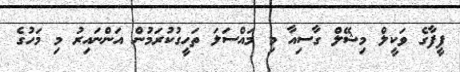
ފީފާގެ ވަކީލް މިޝޭލް ގާސިއާ މި މައްސަލަ ތަހީގުކުރަމުން އަންނައިރު މި މަހުގެ